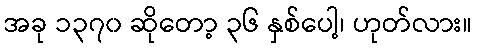
အခု ၁၃၇၀ ဆိုတော့ ၃၆ နှစ်ပေါ့၊ ဟုတ်လား။